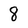
Character: 8